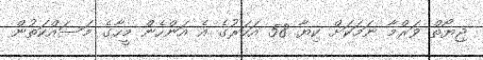
ޖިޔޯތް ވަރްމާ ނަމަކަށް ކިޔާ 58 އަހަރުގެ އެ އަންހެން މީހާގެ މަސައްކަތުން